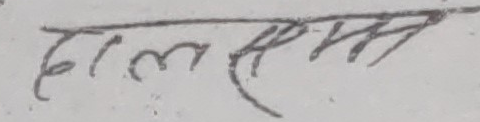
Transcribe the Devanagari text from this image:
दलम रम